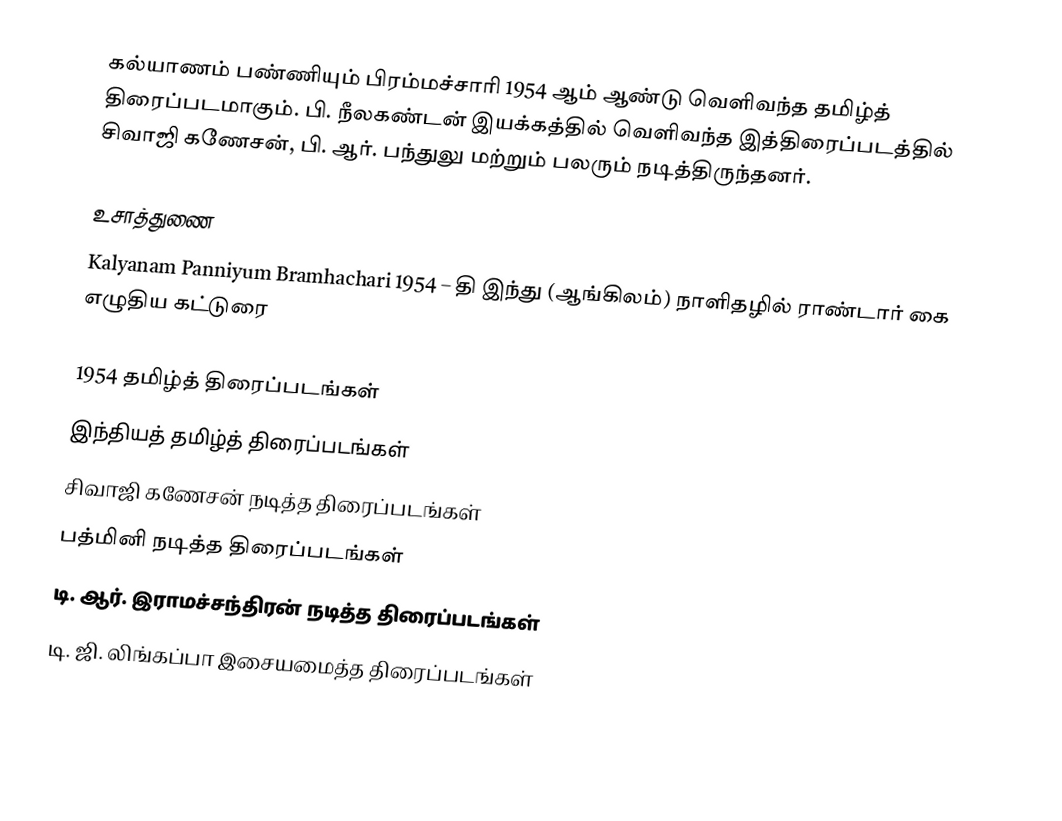
கல்யாணம் பண்ணியும் பிரம்மச்சாரி 1954 ஆம் ஆண்டு வெளிவந்த தமிழ்த் திரைப்படமாகும். பி. நீலகண்டன் இயக்கத்தில் வெளிவந்த இத்திரைப்படத்தில் சிவாஜி கணேசன், பி. ஆர். பந்துலு மற்றும் பலரும் நடித்திருந்தனர்.

உசாத்துணை
Kalyanam Panniyum Bramhachari 1954 – தி இந்து (ஆங்கிலம்) நாளிதழில் ராண்டார் கை எழுதிய கட்டுரை

1954 தமிழ்த் திரைப்படங்கள்
இந்தியத் தமிழ்த் திரைப்படங்கள்
சிவாஜி கணேசன் நடித்த திரைப்படங்கள்
பத்மினி நடித்த திரைப்படங்கள்
டி. ஆர். இராமச்சந்திரன் நடித்த திரைப்படங்கள்
டி. ஜி. லிங்கப்பா இசையமைத்த திரைப்படங்கள்